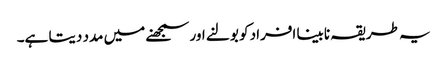
یہ طریقہ نابینا افراد کو بولنے اور سمجھنے میں مدد دیتا ہے۔